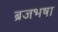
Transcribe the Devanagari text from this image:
ब्रजभषा